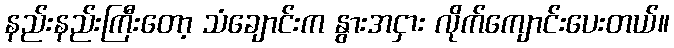
နည်းနည်းကြီးတော့ သံချောင်းက နွားအငှား လိုက်ကျောင်းပေးတယ်။